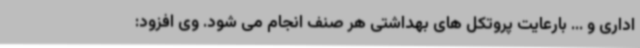
اداری و ... بارعایت پروتکل های بهداشتی هر صنف انجام می شود. وی افزود: